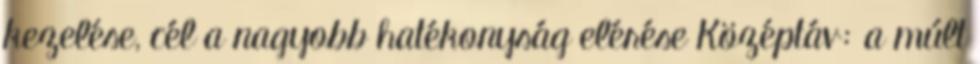
kezelése, cél a nagyobb hatékonyság elérése Középtáv: a múlt